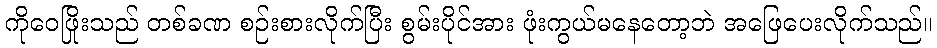
ကိုဝေဖြိုးသည် တစ်ခဏ စဉ်းစားလိုက်ပြီး စွမ်းပိုင်အား ဖုံးကွယ်မနေတော့ဘဲ အဖြေပေးလိုက်သည်။